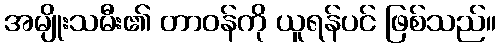
အမျိုးသမီး၏ တာဝန်ကို ယူရန်ပင် ဖြစ်သည်။